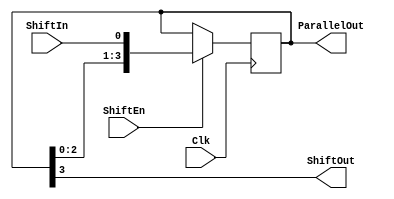
`timescale 1ns / 1ps
//////////////////////////////////////////////////////////////////////////////////
// Module Name: Serial_in_parallel_out_enable_behavior
//////////////////////////////////////////////////////////////////////////////////

module Serial_in_parallel_out_enable_behavior(
    input Clk,
    input ShiftIn,
    input ShiftEn,
    output ShiftOut,
    output [3:0] ParallelOut
    );

    reg [3:0] shift_reg; 
    always @(posedge Clk)
       if (ShiftEn)
          shift_reg <= {shift_reg[2:0], ShiftIn};
    assign ShiftOut = shift_reg[3];
    assign ParallelOut= shift_reg;
    
endmodule